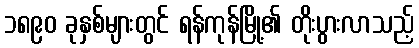
၁၈၉၀ ခုနှစ်များတွင် ရန်ကုန်မြို့၏ တိုးပွားလာသည့်